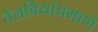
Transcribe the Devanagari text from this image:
तेलबियांप्रमाणे